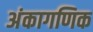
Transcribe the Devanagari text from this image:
अंकागणिक